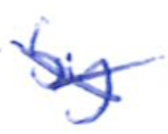
Text: by
Cross-out: cross
Writing tool: ballpoint